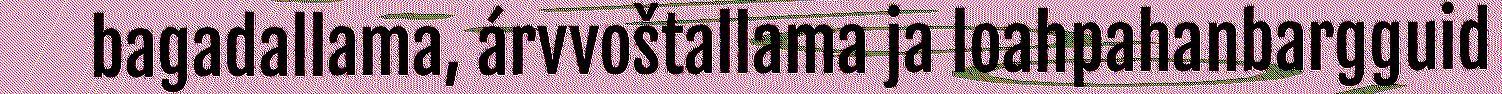
bagadallama, árvvoštallama ja loahpahanbargguid